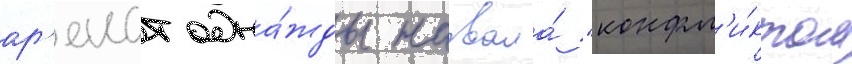
ар'ендт одна́жды назвала́ "конфл'и́ктом